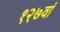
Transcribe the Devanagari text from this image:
१२७वां